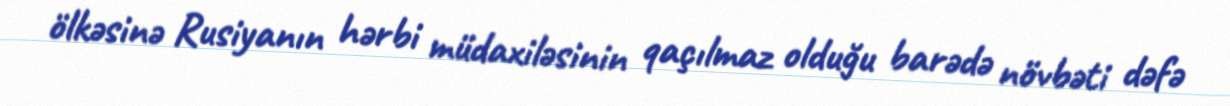
ölkəsinə Rusiyanın hərbi müdaxiləsinin qaçılmaz olduğu barədə növbəti dəfə